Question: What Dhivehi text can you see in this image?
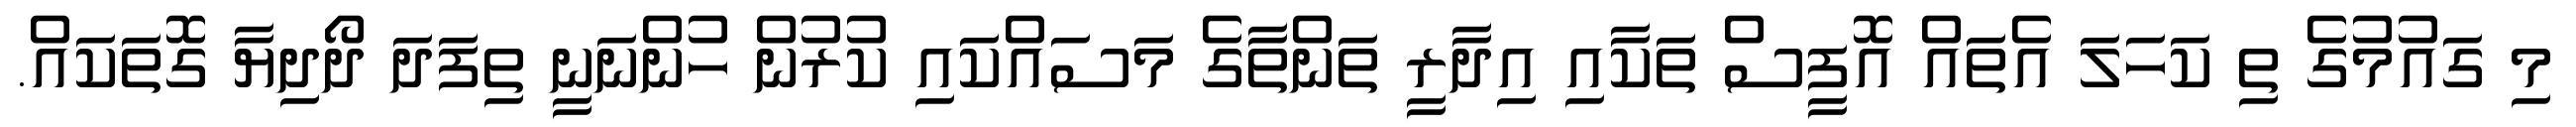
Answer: މި ގައުމުގެ ތި ކަހަލަ އެތައް އޮފީސް ތަކާއި އިދާރީ ތަންތާގެ މަސައްކައި ކުރުން ހުންނަނީ ތިފަދަ ދޯދިޔާ ގޮތަކައް.